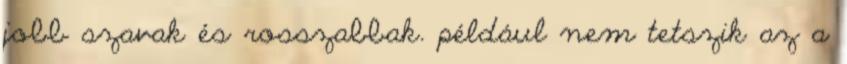
jobb szavak és rosszabbak. például nem tetszik az a